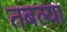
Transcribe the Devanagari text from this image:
तबल्या